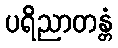
ပရိညာတန္တံ